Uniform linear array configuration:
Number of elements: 4
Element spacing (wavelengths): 0.5
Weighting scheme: cosine
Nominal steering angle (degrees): -45
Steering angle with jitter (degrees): -45.236
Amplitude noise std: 0.05
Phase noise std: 0.05

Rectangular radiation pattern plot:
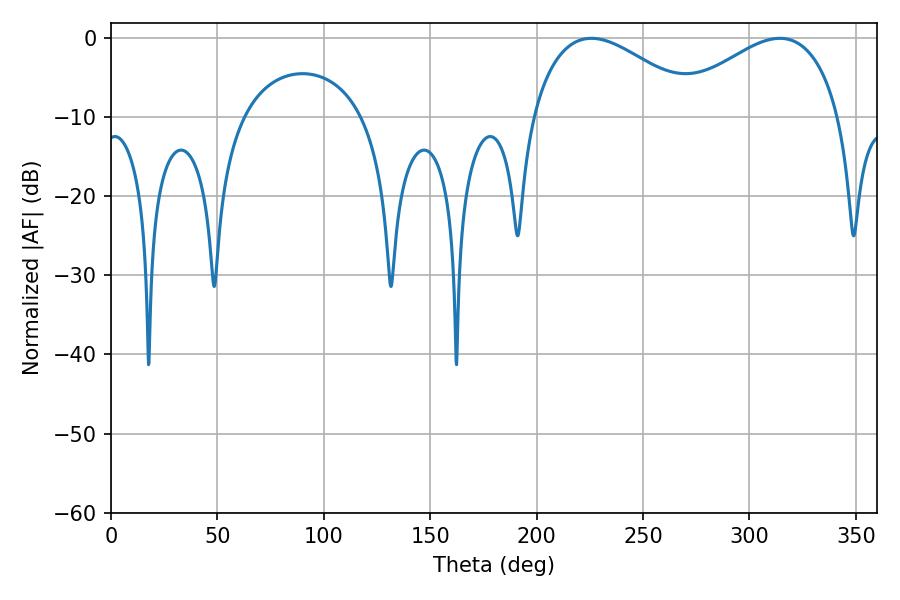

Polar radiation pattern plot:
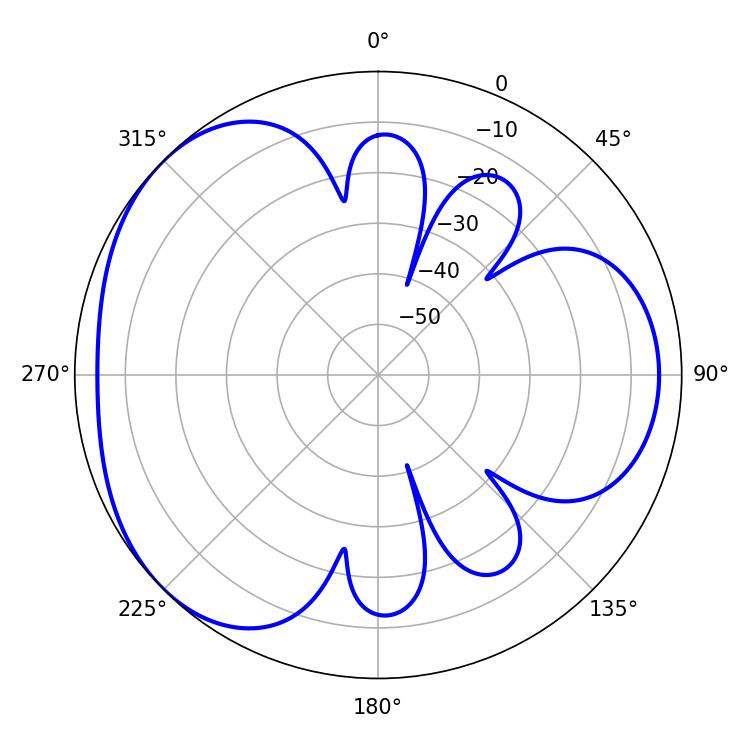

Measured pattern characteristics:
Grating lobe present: FALSE
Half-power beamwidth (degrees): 43.56
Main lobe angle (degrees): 225.72